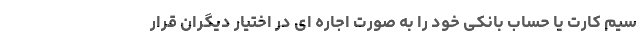
سیم کارت یا حساب بانکی خود را به صورت اجاره ای در اختیار دیگران قرار